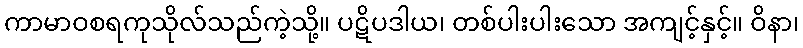
ကာမာဝစရကုသိုလ်သည်ကဲ့သို့။ ပဋိပဒါယ၊ တစ်ပါးပါးသော အကျင့်နှင့်။ ဝိနာ၊